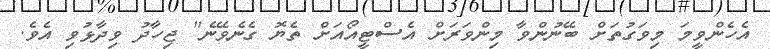
އެހެންވީމަ މިވަގުތަށް ބޭނުންވާ މިންވަރަށް އެސްޓީއޯއަށް ތެޔޮ ގެނެވޭނެ" ޖިހާދު ވިދާޅުވި އެވެ.